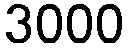
3000